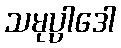
သမုပ္ပါဒေါ